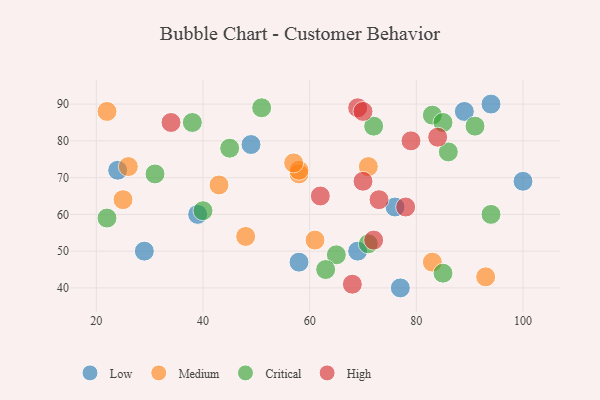
{"axis": {"x": "GDP", "y": "Life Expectancy"}, "legend": ["Critical", "High", "Low", "Medium"], "data": [{"x": "49", "y": 79, "type": "Low"}, {"x": "58", "y": 47, "type": "Low"}, {"x": "77", "y": 40, "type": "Low"}, {"x": "29", "y": 50, "type": "Low"}, {"x": "76", "y": 62, "type": "Low"}, {"x": "89", "y": 88, "type": "Low"}, {"x": "24", "y": 72, "type": "Low"}, {"x": "69", "y": 50, "type": "Low"}, {"x": "39", "y": 60, "type": "Low"}, {"x": "100", "y": 69, "type": "Low"}, {"x": "94", "y": 90, "type": "Low"}, {"x": "61", "y": 53, "type": "Medium"}, {"x": "58", "y": 71, "type": "Medium"}, {"x": "58", "y": 72, "type": "Medium"}, {"x": "43", "y": 68, "type": "Medium"}, {"x": "93", "y": 43, "type": "Medium"}, {"x": "83", "y": 47, "type": "Medium"}, {"x": "48", "y": 54, "type": "Medium"}, {"x": "57", "y": 74, "type": "Medium"}, {"x": "26", "y": 73, "type": "Medium"}, {"x": "22", "y": 88, "type": "Medium"}, {"x": "25", "y": 64, "type": "Medium"}, {"x": "71", "y": 73, "type": "Medium"}, {"x": "71", "y": 52, "type": "Critical"}, {"x": "86", "y": 77, "type": "Critical"}, {"x": "65", "y": 49, "type": "Critical"}, {"x": "72", "y": 84, "type": "Critical"}, {"x": "94", "y": 60, "type": "Critical"}, {"x": "63", "y": 45, "type": "Critical"}, {"x": "45", "y": 78, "type": "Critical"}, {"x": "91", "y": 84, "type": "Critical"}, {"x": "83", "y": 87, "type": "Critical"}, {"x": "22", "y": 59, "type": "Critical"}, {"x": "51", "y": 89, "type": "Critical"}, {"x": "31", "y": 71, "type": "Critical"}, {"x": "85", "y": 85, "type": "Critical"}, {"x": "85", "y": 44, "type": "Critical"}, {"x": "38", "y": 85, "type": "Critical"}, {"x": "40", "y": 61, "type": "Critical"}, {"x": "84", "y": 81, "type": "High"}, {"x": "69", "y": 89, "type": "High"}, {"x": "70", "y": 69, "type": "High"}, {"x": "34", "y": 85, "type": "High"}, {"x": "68", "y": 41, "type": "High"}, {"x": "70", "y": 88, "type": "High"}, {"x": "72", "y": 53, "type": "High"}, {"x": "78", "y": 62, "type": "High"}, {"x": "73", "y": 64, "type": "High"}, {"x": "79", "y": 80, "type": "High"}, {"x": "62", "y": 65, "type": "High"}]}